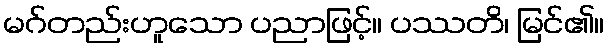
မဂ်တည်းဟူသော ပညာဖြင့်။ ပဿတိ၊ မြင်၏။